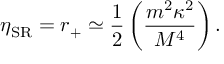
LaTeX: \eta _ { \mathrm { S R } } = r _ { + } \simeq { \frac { 1 } { 2 } } \left( { \frac { m ^ { 2 } \kappa ^ { 2 } } { M ^ { 4 } } } \right) .